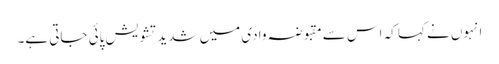
انہوں نے کہا کہ اس سے مقبوضہ وادی میں شدید تشویش پائی جاتی ہے۔